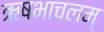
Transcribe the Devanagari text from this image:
ऋषभाचलम्